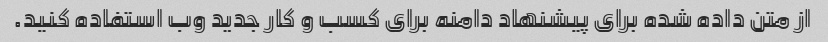
از متن داده شده برای پیشنهاد دامنه برای کسب و کار جدید وب استفاده کنید.